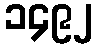
၁၄၉၂